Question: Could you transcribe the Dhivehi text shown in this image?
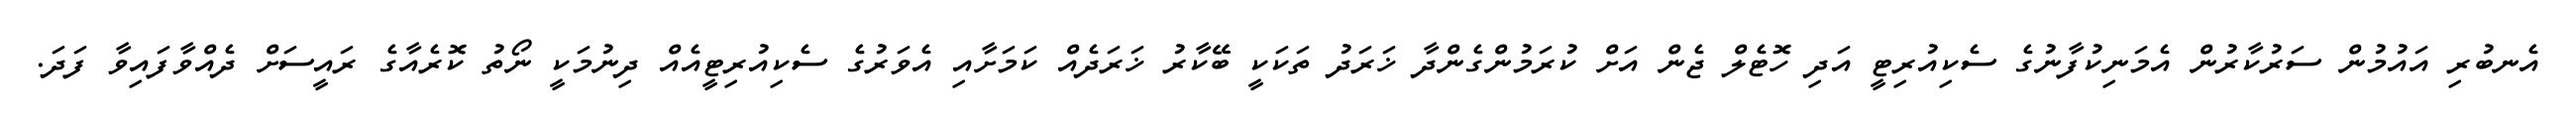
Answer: އެނބުރި އައުމުން ސަރުކާރުން އެމަނިކުފާނުގެ ސެކިއުރިޓީ އަދި ހޮޓެލް ޖެން އަށް ކުރަމުންގެންދާ ޚަރަދު ތަކަކީ ބޭކާރު ޚަރަދެއް ކަމަށާއި އެވަރުގެ ސެކިއުރިޓީއެއް ދިނުމަކީ ނޯތު ކޮރެއާގެ ރައީސަށް ދެއްވާފައިވާ ފަދަ.